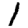
Digit: 1